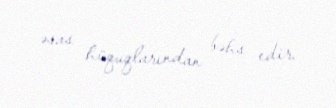
əsas hüquqlarından bəhs edir.